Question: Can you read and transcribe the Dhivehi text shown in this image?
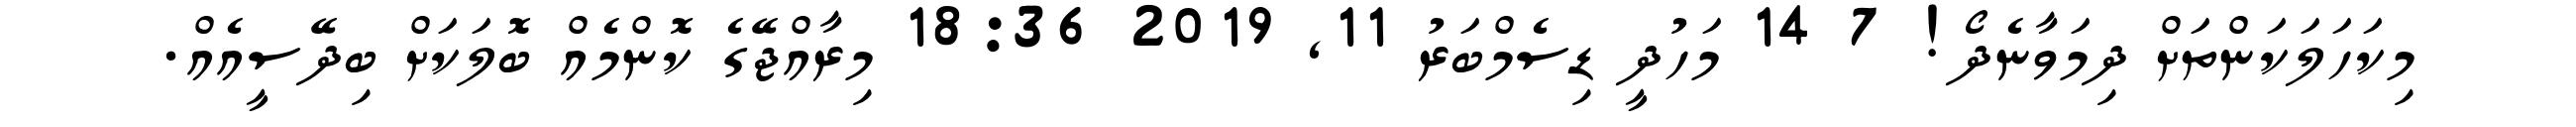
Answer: މިކަހަލަކަންތަށް ދިމަވާނެދޯ! 7 14 މަހުދީ ޑިސެމްބަރު 11, 2019 18:36 މިރާއްޖޭގެ ކޮންމެއް ބޮލަކަށް ބިދޭސީއެއް.